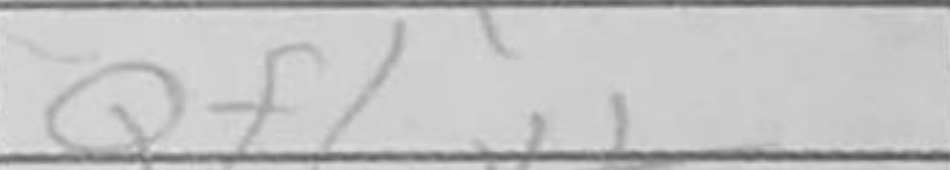
Transcription: Qf1